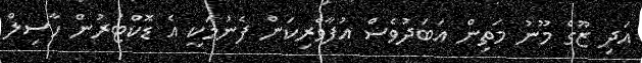
އަދި ޒޫގެ މޫނު މަތިން އަބަދުވެސް އުފާވެރިކަން ފެނުމަކީ އެ ޑޮކްޓަރުން ހާސިލް